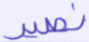
نصير